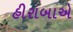
હીરાબાએ